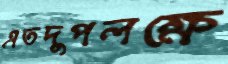
এতদুপলক্ষে